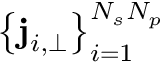
\left\{ \mathbf { j } _ { i , \perp } \right\} _ { i = 1 } ^ { N _ { s } N _ { p } }